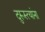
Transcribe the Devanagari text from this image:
दुरूस्त्यांना